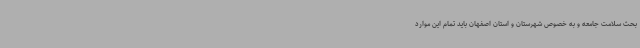
بحث سلامت جامعه و به خصوص شهرستان و استان اصفهان باید تمام این موارد